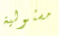
مسئولية